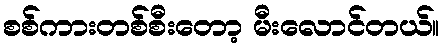
စစ်ကားတစ်စီးတော့ မီးလောင်တယ်။